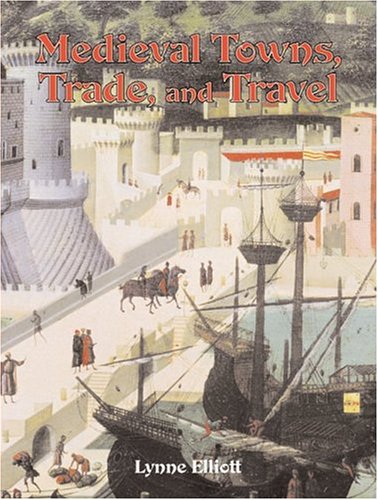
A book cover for Medieval Towns, Trade, and Travel (Medieval World (Crabtree Paperback)); Lynne Elliott; Children's Books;